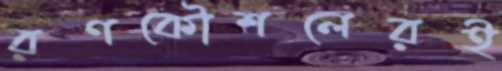
রণকৌশলেরই